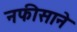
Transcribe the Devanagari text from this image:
नफीसाने